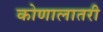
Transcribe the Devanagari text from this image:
कोणालातरी